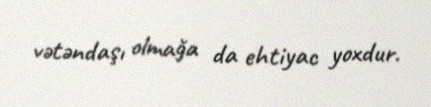
vətəndaşı olmağa da ehtiyac yoxdur.